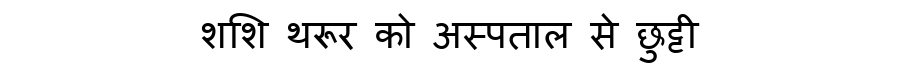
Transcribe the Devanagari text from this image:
शशि थरूर को अस्पताल से छुट्टी